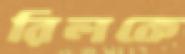
রিলকে